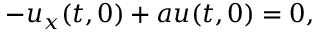
- u _ { x } ( t , 0 ) + a u ( t , 0 ) = 0 ,